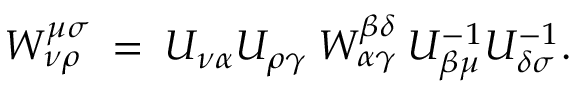
{ \cal W } _ { \nu \rho } ^ { \mu \sigma } \: = \: { \cal U } _ { \nu \alpha } { \cal U } _ { \rho \gamma } \: W _ { \alpha \gamma } ^ { \beta \delta } \: { \cal U } _ { \beta \mu } ^ { - 1 } { \cal U } _ { \delta \sigma } ^ { - 1 } .